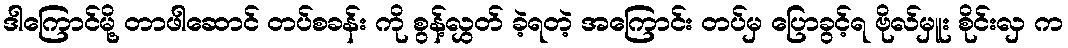
ဒါကြောင်မို့ တာဖါဆောင် တပ်စခန်း ကို စွန့်လွှတ် ခဲ့ရတဲ့ အကြောင်း တပ်မှ ပြောခွင့်ရ ဗိုလ်မှူး စိုင်းလှ က